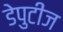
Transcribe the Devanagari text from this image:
डेपुटीज